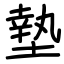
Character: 墊